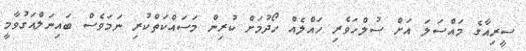
ސީރިއާގެ މައްސަލަ އަށް ސުލްހަވެރި ހައްލެއް ހޯދުމަށް ކުރިން މަސައްކަތްކުރި ނަމަވެސް ބައިނަލްއަގުވާމީ